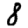
Digit: 8